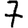
Digit: 7